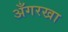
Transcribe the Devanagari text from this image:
अँगरखा